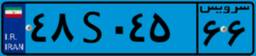
۱۹S۵۲۰۳۷